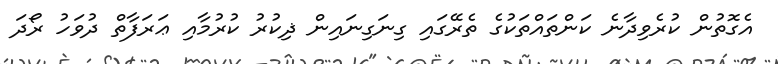
އެގޮތުން ކުރެވިދާނެ ކަންތައްތަކުގެ ތެރޭގައި ގިނަގިނައިން ޛިކުރު ކުރުމާއި ޢަރަފާތް ދުވަހު ރޯދަ